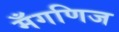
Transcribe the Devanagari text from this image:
मँगणिज